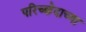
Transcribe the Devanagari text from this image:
परिच्छेदाच्या